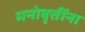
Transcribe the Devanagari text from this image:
मनोवृत्तींना